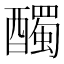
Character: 𲆼